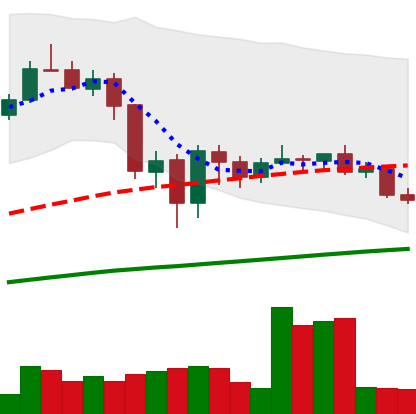
Ticker: LINK-USD
Chart end date: 2020-09-16
Forward return: -18.602%
Label: down_7plus